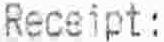
RECEIPT: